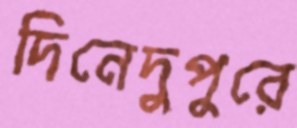
দিনেদুপুরে